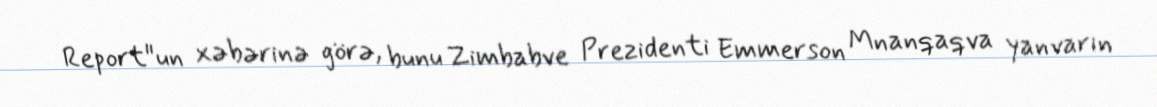
Report"un xəbərinə görə, bunu Zimbabve Prezidenti Emmerson Mnanqaqva yanvarın